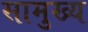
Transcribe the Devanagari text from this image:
सामुख्य